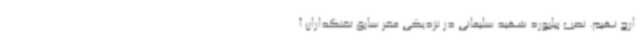
ارج نهیم. نصب بیلبورد شهید سلیمانی در نزدیکی مقر سابق تفنگداران آ